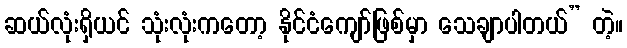
ဆယ်လုံးရှိယင် သုံးလုံးကတော့ နိုင်ငံကျော်ဖြစ်မှာ သေချာပါတယ်” တဲ့။